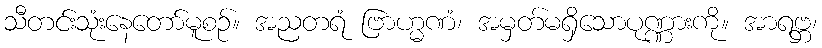
သီတင်းသုံးနေတော်မူစဉ်။ အညတရံ ဗြာဟ္မဏံ၊ အမှတ်မရှိသောပုဏ္ဏားကို။ အာရဗ္ဘ၊